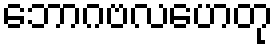
ဘောဂဗလဟေတု